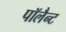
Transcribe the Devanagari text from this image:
पॉलैन्ट